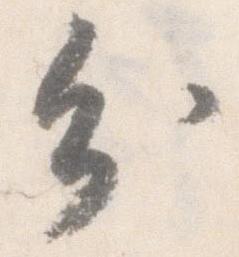
分